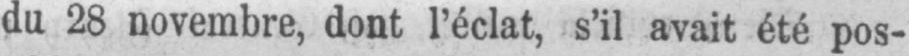
du 28 novembre, dont l’éclat, s’il avait été pos-